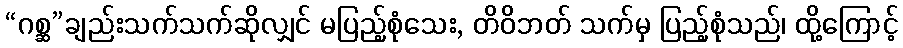
“ဂစ္ဆ”ချည်းသက်သက်ဆိုလျှင် မပြည့်စုံသေး, တိဝိဘတ် သက်မှ ပြည့်စုံသည်၊ ထို့ကြောင့်